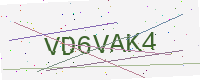
Text: VD6VAK4